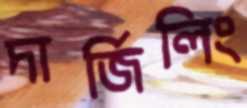
দার্জিলিং